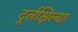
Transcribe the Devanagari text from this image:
दूर्लक्षिल्या